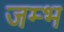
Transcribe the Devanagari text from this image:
जम्भ